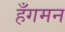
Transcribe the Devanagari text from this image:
हँगमन